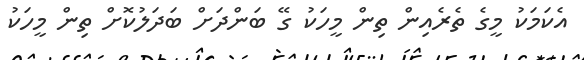
އެކަމަކު މީގެ ތެރެއިން ތިން މީހަކު ގޭ ބަންދަށް ބަދަލުކޮށް ތިން މީހަކު